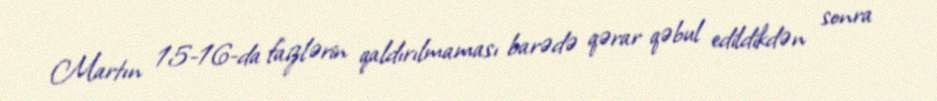
Martın 15-16-da faizlərin qaldırılmaması barədə qərar qəbul edildikdən sonra